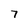
Character: 7